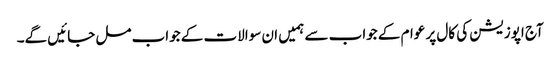
آج اپوزیشن کی کال پر عوام کے جواب سے ہمیں ان سوالات کے جواب مل جائیں گے۔